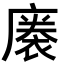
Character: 𢊭